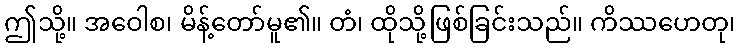
ဤသို့။ အဝေါစ၊ မိန့်တော်မူ၏။ တံ၊ ထိုသို့ဖြစ်ခြင်းသည်။ ကိဿဟေတု၊